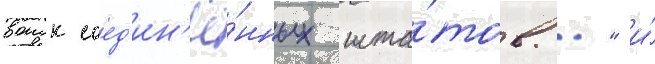
воиск соед'ин'ё́нных шта́тов..." и́